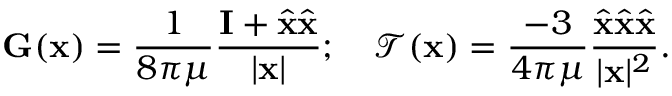
\mathbf { G } ( \mathbf { x } ) = \frac { 1 } { 8 \pi \mu } \frac { \mathbf { I } + \hat { \mathbf { x } } \hat { \mathbf { x } } } { | \mathbf { x } | } ; ~ ~ ~ \mathcal { T } ( \mathbf { x } ) = \frac { - 3 } { 4 \pi \mu } \frac { \hat { \mathbf { x } } \hat { \mathbf { x } } \hat { \mathbf { x } } } { | \mathbf { x } | ^ { 2 } } .